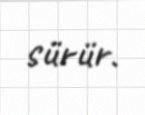
sürür.